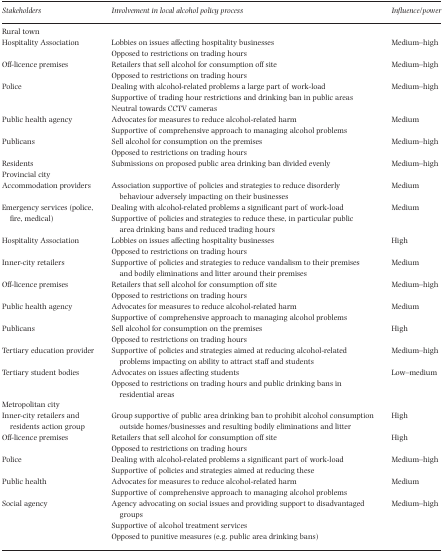
<table><thead><tr><td><b>Stakeholders</b></td><td><b>Involvement in local alcohol policy process</b></td><td><b>Influence/power</b></td></tr></thead><tbody><tr><td colspan="3">Rural town</td></tr><tr><td>Hospitality Association</td><td>Lobbies on issues affecting hospitality businesses Opposed to restrictions on trading hours</td><td>Medium–high</td></tr><tr><td>Off-licence premises</td><td>Retailers that sell alcohol for consumption off site Opposed to restrictions on trading hours</td><td>Medium–high</td></tr><tr><td>Police</td><td>Dealing with alcohol-related problems a large part of work-load Supportive of trading hour restrictions and drinking ban in public areas Neutral towards CCTV cameras</td><td>Medium–high</td></tr><tr><td>Public health agency</td><td>Advocates for measures to reduce alcohol-related harm Supportive of comprehensive approach to managing alcohol problems</td><td>Medium</td></tr><tr><td>Publicans</td><td>Sell alcohol for consumption on the premises Opposed to restrictions on trading hours</td><td>Medium–high</td></tr><tr><td>Residents</td><td>Submissions on proposed public area drinking ban divided evenly</td><td>Medium–high</td></tr><tr><td colspan="3">Provincial city</td></tr><tr><td>Accommodation providers</td><td>Association supportive of policies and strategies to reduce disorderly behaviour adversely impacting on their businesses</td><td>Medium</td></tr><tr><td>Emergency services (police, fire, medical)</td><td>Dealing with alcohol-related problems a significant part of work-load Supportive of policies and strategies to reduce these, in particular public area drinking bans and reduced trading hours</td><td>Medium</td></tr><tr><td>Hospitality Association</td><td>Lobbies on issues affecting hospitality businesses Opposed to restrictions on trading hours</td><td>High</td></tr><tr><td>Inner-city retailers</td><td>Supportive of policies and strategies to reduce vandalism to their premises and bodily eliminations and litter around their premises</td><td>Medium</td></tr><tr><td>Off-licence premises</td><td>Retailers that sell alcohol for consumption off site Opposed to restrictions on trading hours</td><td>Medium–high</td></tr><tr><td>Public health agency</td><td>Advocates for measures to reduce alcohol-related harm Supportive of comprehensive approach to managing alcohol problems</td><td>Medium</td></tr><tr><td>Publicans</td><td>Sell alcohol for consumption on the premises Opposed to restrictions on trading hours</td><td>High</td></tr><tr><td>Tertiary education provider</td><td>Supportive of policies and strategies aimed at reducing alcohol-related problems impacting on ability to attract staff and students</td><td>Medium–high</td></tr><tr><td>Tertiary student bodies</td><td>Advocates on issues affecting students Opposed to restrictions on trading hours and public drinking bans in residential areas</td><td>Low–medium</td></tr><tr><td colspan="3">Metropolitan city</td></tr><tr><td>Inner-city retailers and residents action group</td><td>Group supportive of public area drinking ban to prohibit alcohol consumption outside homes/businesses and resulting bodily eliminations and litter</td><td>High</td></tr><tr><td>Off-licence premises</td><td>Retailers that sell alcohol for consumption off site Opposed to restrictions on trading hours</td><td>High</td></tr><tr><td>Police</td><td>Dealing with alcohol-related problems a significant part of work-load Supportive of policies and strategies aimed at reducing these</td><td>Medium–high</td></tr><tr><td>Public health</td><td>Advocates for measures to reduce alcohol-related harm Supportive of comprehensive approach to managing alcohol problems</td><td>Medium</td></tr><tr><td>Social agency</td><td>Agency advocating on social issues and providing support to disadvantaged groups Supportive of alcohol treatment services Opposed to punitive measures (e.g. public area drinking bans)</td><td>Medium–high</td></tr></tbody></table>